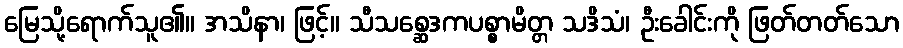
မြေသို့ရောက်သူ၏။ အသိနာ၊ ဖြင့်။ သီသစ္ဆေဒကပစ္စာမိတ္တ သဒိသံ၊ ဦးခေါင်းကို ဖြတ်တတ်သော